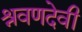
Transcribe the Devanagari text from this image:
श्रवणदेवी